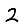
Digit: 2